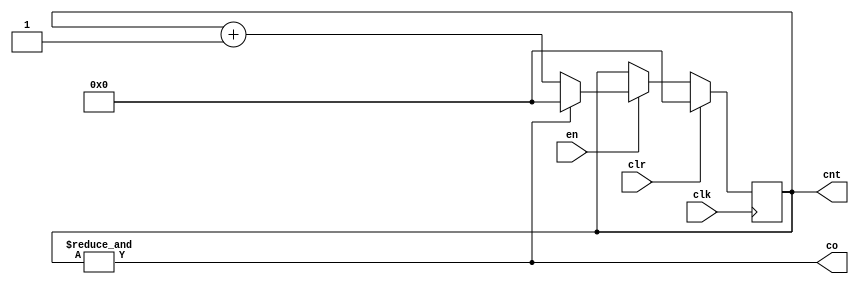
module counter #(
    parameter N = 32
)(
    input en, clr, clk,
    output co,
    output reg [N-1:0] cnt
);
    always @(posedge clk) begin
        if (clr) cnt <= {N{1'b0}};
        else if (en) begin
            if (co) cnt <= {N{1'b0}};
            else cnt <= cnt + 1'b1;
        end
    end

    assign co = &cnt;
endmodule